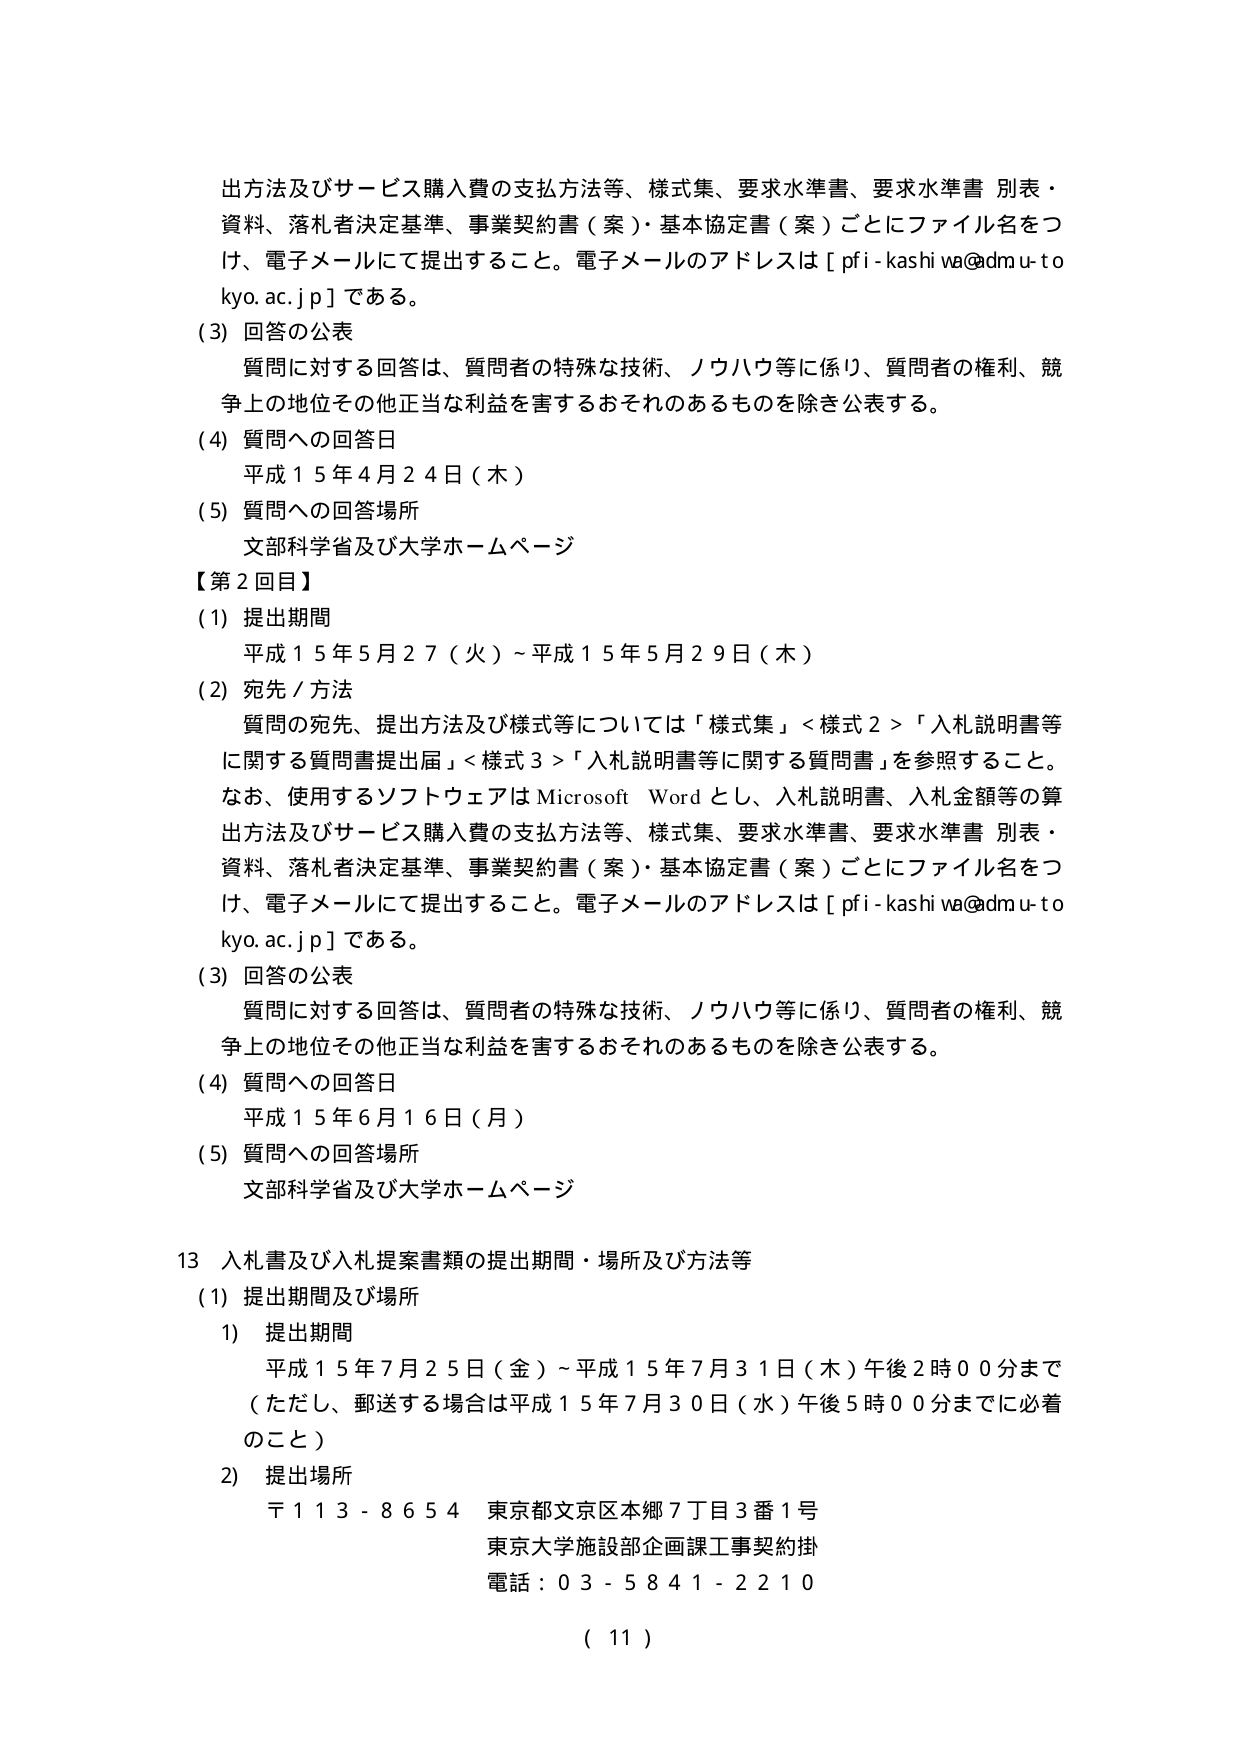
出方法及びサービス購入費の支払方法等、様式集、要求水準書、要求水準書 別表・資料、落札者決定基準、事業契約書（案）・基本協定書（案）ごとにファイル名をつけ、電子メールにて提出すること。電子メールのアドレスは［pfi-kashiwa@dmu.tokyo.ac.jp］である。

(3) 回答の公表
質問に対する回答は、質問者の特殊な技術、ノウハウ等に係り、質問者の権利、競争上の地位その他正当な利益を害するおそれのあるものを除き公表する。

(4) 質問への回答日
平成15年4月24日（木）

(5) 質問への回答場所
文部科学省及び大学ホームページ

【第2回目】
(1) 提出期間
平成15年5月27（火）～平成15年5月29日（木）

(2) 宛先／方法
質問の宛先、提出方法及び様式等については「様式集」＜様式2＞「入札説明書等に関する質問書提出届」＜様式3＞「入札説明書等に関する質問書」を参照すること。なお、使用するソフトウェアはMicrosoft Wordとし、入札説明書、入札金額等の算出方法及びサービス購入費の支払方法等、様式集、要求水準書、要求水準書 別表・資料、落札者決定基準、事業契約書（案）・基本協定書（案）ごとにファイル名をつけ、電子メールにて提出すること。電子メールのアドレスは［pfi-kashiwa@dmu.tokyo.ac.jp］である。

(3) 回答の公表
質問に対する回答は、質問者の特殊な技術、ノウハウ等に係り、質問者の権利、競争上の地位その他正当な利益を害するおそれのあるものを除き公表する。

(4) 質問への回答日
平成15年6月16日（月）

(5) 質問への回答場所
文部科学省及び大学ホームページ

13 入札書及び入札提案書類の提出期間・場所及び方法等
(1) 提出期間及び場所
1) 提出期間
平成15年7月25日（金）～平成15年7月31日（木）午後2時00分まで
（ただし、郵送する場合は平成15年7月30日（水）午後5時00分までに必着のこと）

2) 提出場所
〒113-8654 東京都文京区本郷7丁目3番1号
東京大学施設部企画課工事契約掛
電話：03-5841-2210

（11）